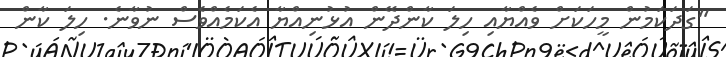
"ގަދަކަމުން މީހަކަށް ވެއްޔާއި ހިލަ ކާންދޭން އުޅުނިއްޔާ އެކަމެއްވެސް ނުވާނެ. ހިލަ ކާން